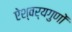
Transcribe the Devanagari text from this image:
ऐश्वर्यगुणों